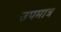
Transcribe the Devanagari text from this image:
उपमात्र